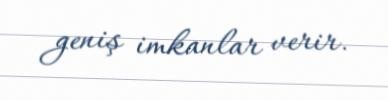
geniş imkanlar verir.